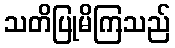
သတိပြုမိကြသည်